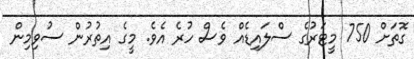
ގޮތަށް 750 މީޓަރުގެ ސްލައިޑެއް ވެސް ހުރެ އެވެ. މީގެ އިތުރުން ސުވިމިން